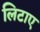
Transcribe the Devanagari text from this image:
लिटाए